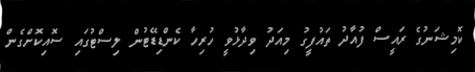
ކޮމިޝަނުގެ ރައީސް ފުއާދު ތައުފީގު މިއަދު ވިދާޅުވީ ހުރިހާ ކެންޑިޑޭޓުން ލިސްޓުގައި ސޮއިކޮށްގެން